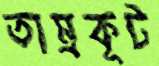
তাম্রকূট